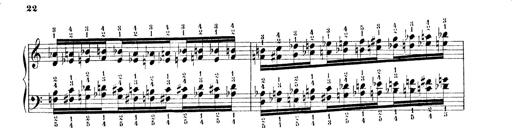
Title: Technische Studien
Composer: Franz Liszt